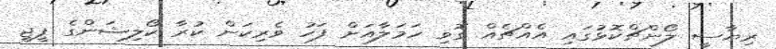
ރިޔާސީ ލޯންޗްކޮޅުގައި އެއްޗެއް ގޮވި ހަމަލާއަށް ފަހު ވެރިކަން ކުރާ ކޯލިޝަންގެ ޕީޖީ